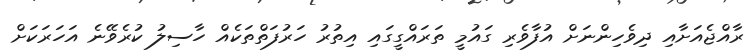
ރާއްޖެއަށާއި ދިވެހިންނަށް އުފާވެރި ގައުމީ ތަރައްގީގައި އިތުރު ހަރުފަތްތަކެއް ހާސިލު ކުރެވޭނެ އަހަރަކަށް